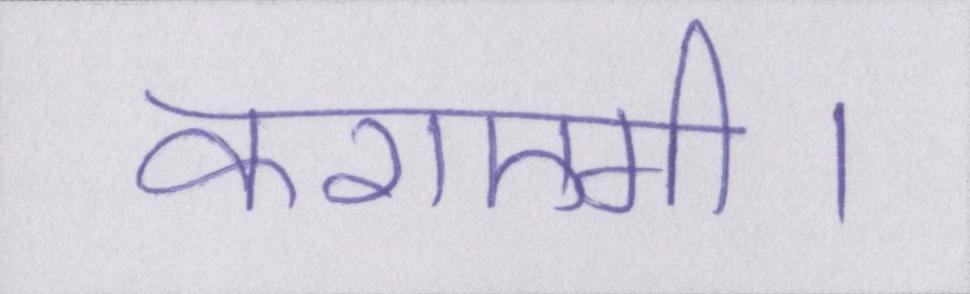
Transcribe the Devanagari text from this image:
कराएगी।